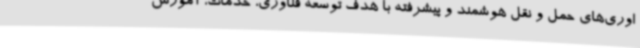
اوری‌های حمل و نقل هوشمند و پیشرفته با هدف توسعه فناوری، خدمات، آموزش